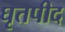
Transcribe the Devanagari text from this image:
घृतपीद